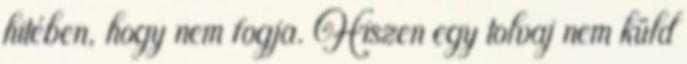
hitében, hogy nem fogja. Hiszen egy tolvaj nem küld